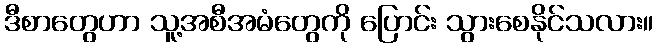
ဒီစာတွေဟာ သူ့အစီအမံတွေကို ပြောင်း သွားစေနိုင်သလား။